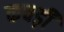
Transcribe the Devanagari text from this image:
कचड़ी